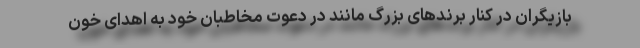
بازیگران در کنار برندهای بزرگ مانند در دعوت مخاطبان خود به اهدای خون